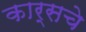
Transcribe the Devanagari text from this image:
कार्सचे